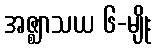
အဇ္ဈာသယ ၆-မျိုး